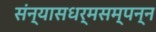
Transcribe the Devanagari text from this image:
संन्यासधर्मसम्पन्न